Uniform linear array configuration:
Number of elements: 4
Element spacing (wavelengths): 0.5
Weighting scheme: kaiser
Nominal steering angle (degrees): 15
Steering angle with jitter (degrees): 14.158
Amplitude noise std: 0.05
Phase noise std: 0.05

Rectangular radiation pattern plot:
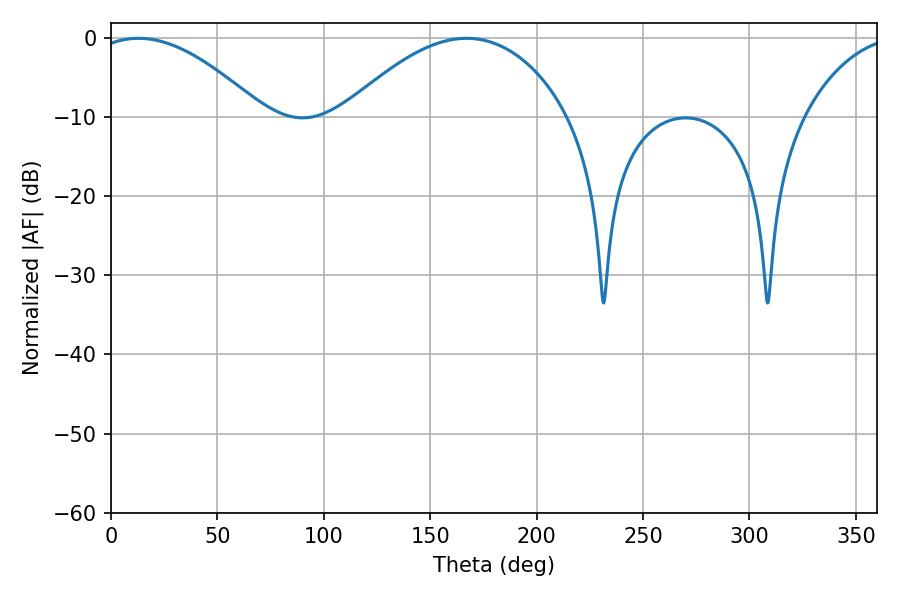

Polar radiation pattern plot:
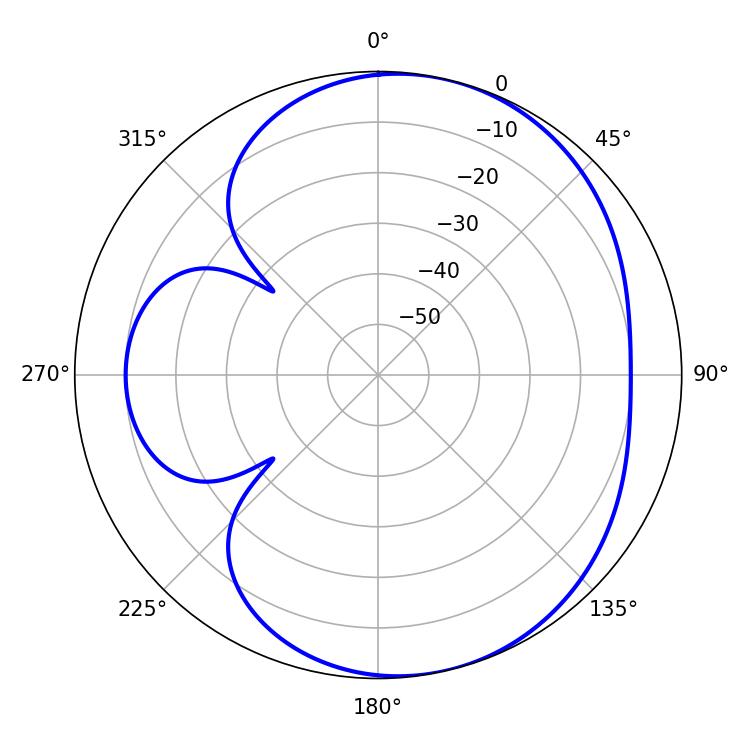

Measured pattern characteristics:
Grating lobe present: FALSE
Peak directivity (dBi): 5.639
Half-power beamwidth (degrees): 44.1
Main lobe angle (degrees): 12.96